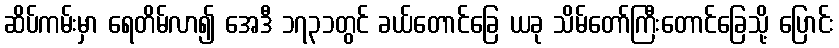
ဆိပ်ကမ်းမှာ ရေတိမ်လာ၍ အေဒီ ၁၇၃၁တွင် ခယ်တောင်ခြေ ယခု သိမ်တော်ကြီးတောင်ခြေသို့ ပြောင်း